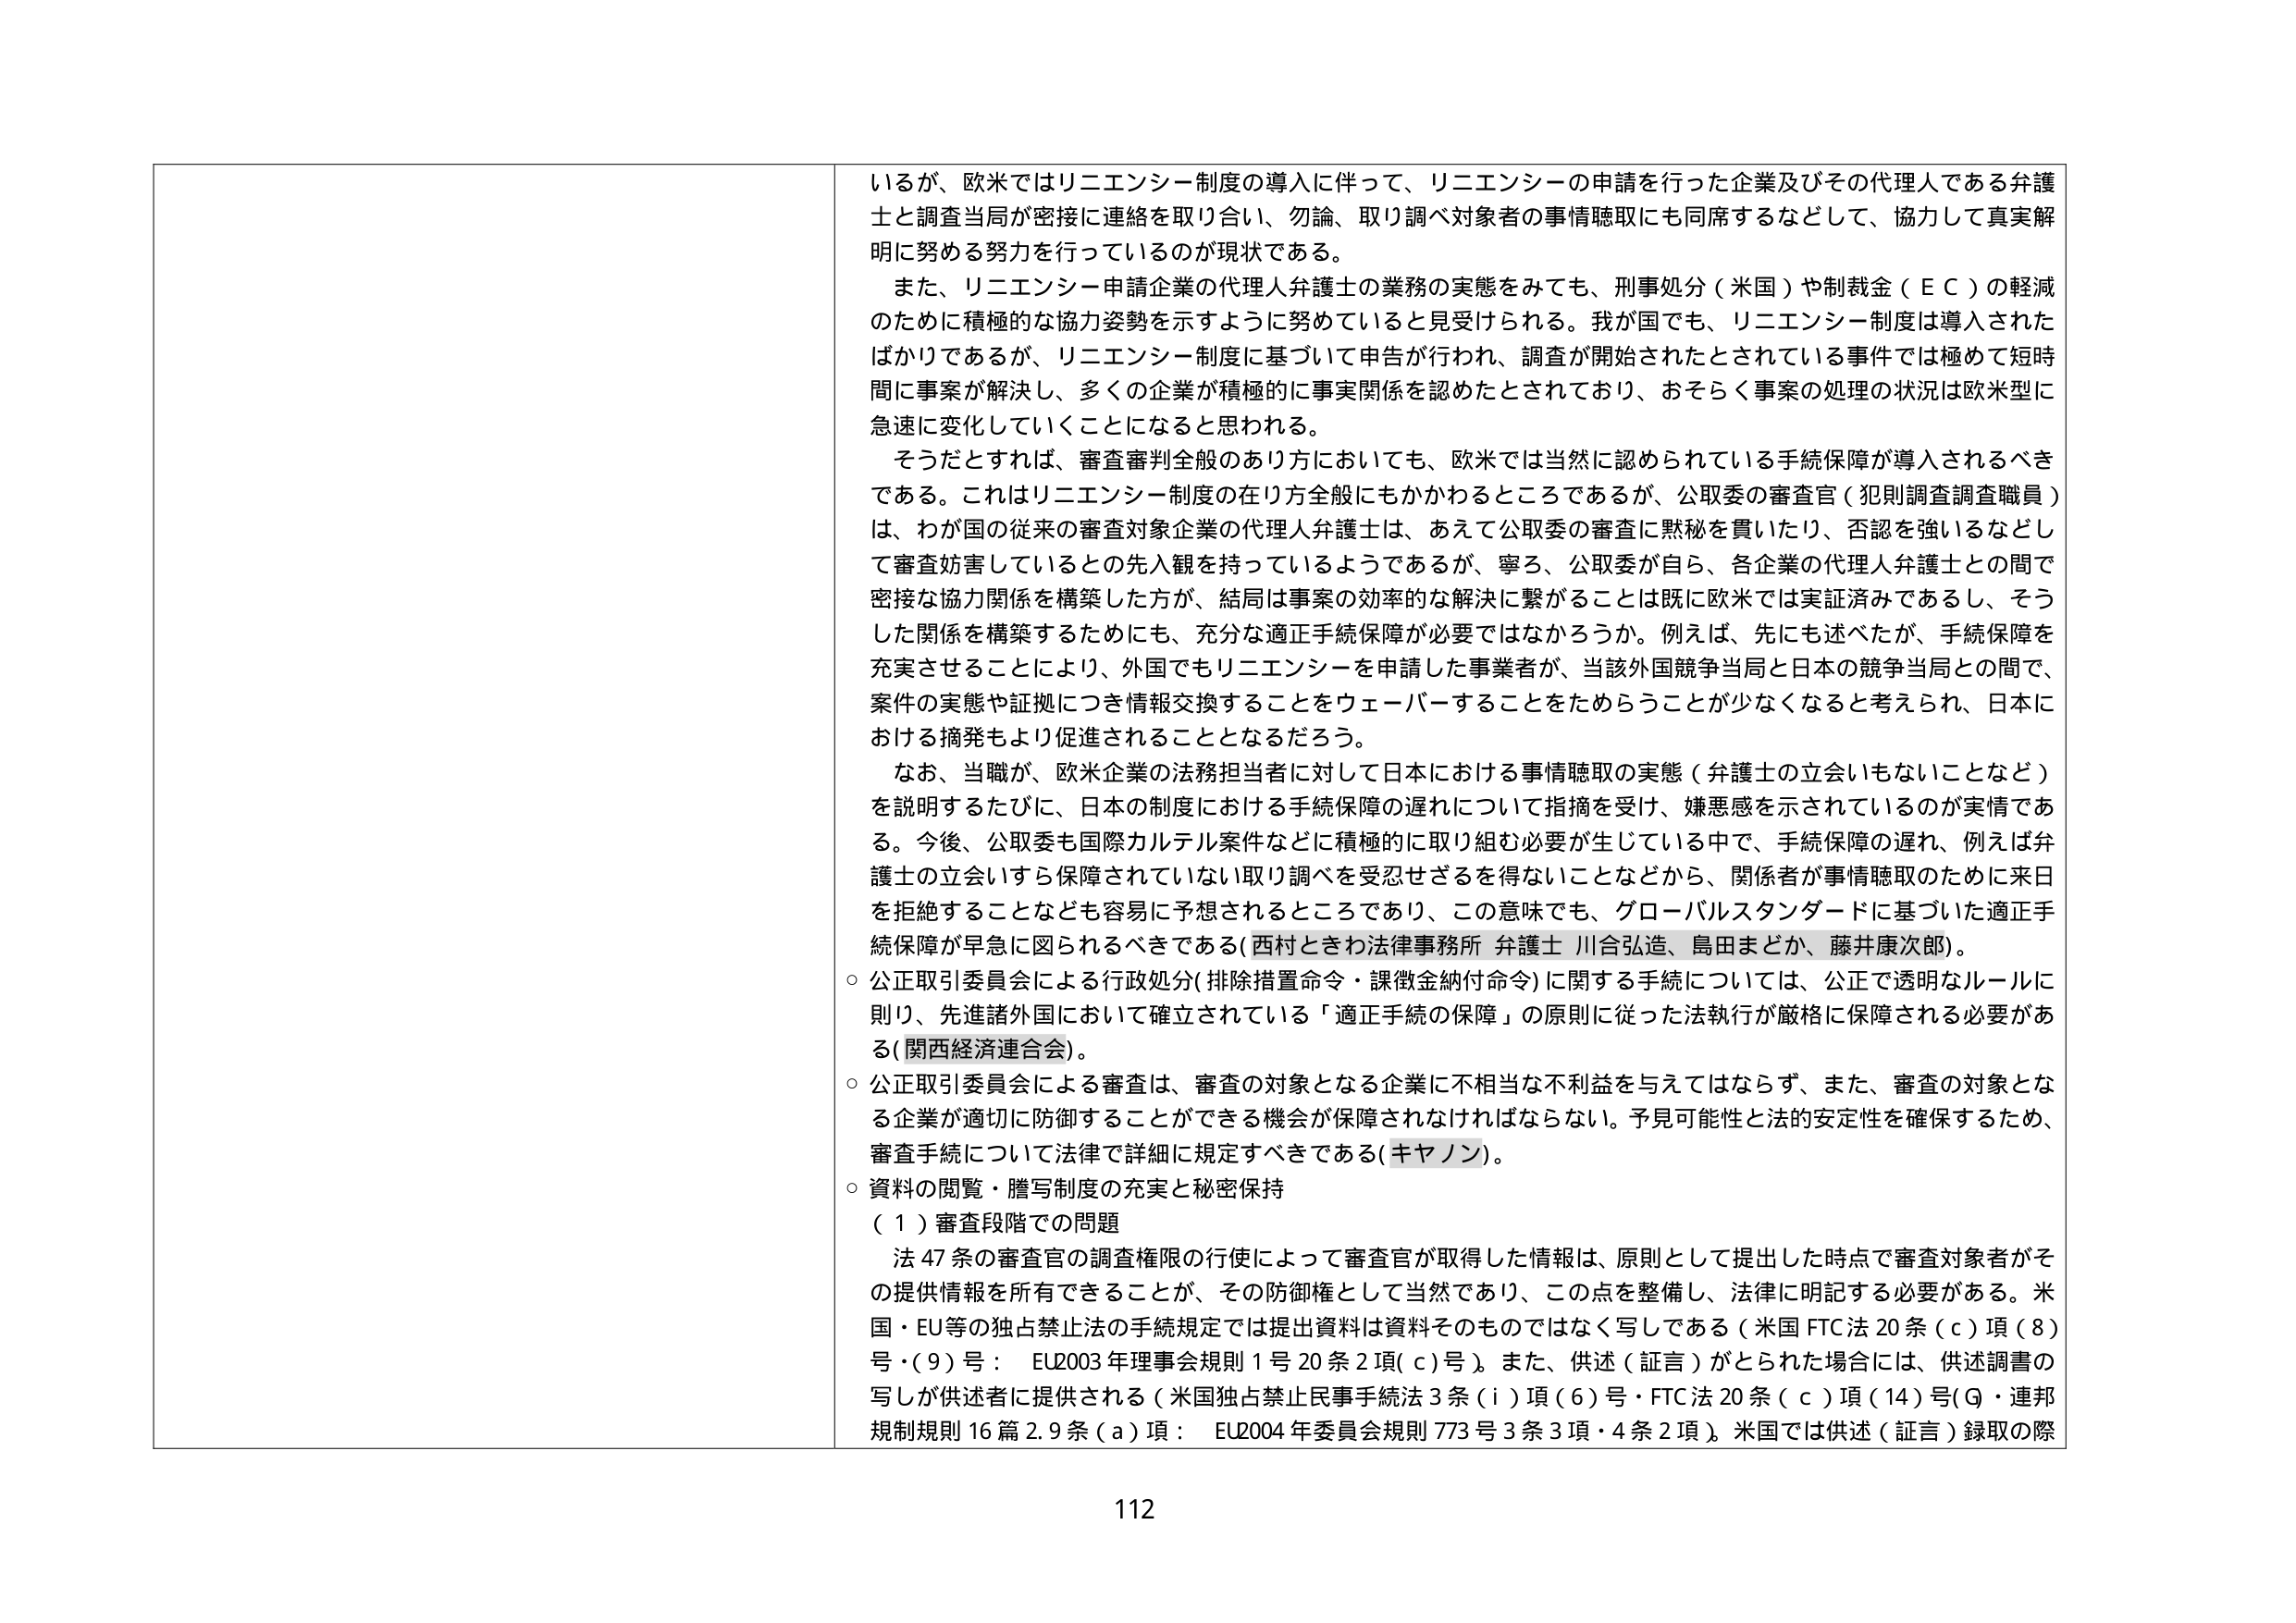
いるが、欧米ではリニエンシー制度の導入に伴って、リニエンシーの申請を行った企業及びその代理人である弁護士と調査当局が密接に連絡を取り合い、勿論、取り調べ対象者の事情聴取にも同席するなどして、協力して真実解明に努める努力を行っているのが現状である。

また、リニエンシー申請企業の代理人弁護士の業務の実態をみても、刑事処分（米国）や制裁金（ＥＣ）の軽減のために積極的な協力姿勢を示すように努めていると見受けられる。我が国でも、リニエンシー制度は導入されたばかりであるが、リニエンシー制度に基づいて申告が行われ、調査が開始されたとされている事件では極めて短時間に事案が解決し、多くの企業が積極的に事実関係を認めたとされており、おそらく事案の処理の状況は欧米型に急速に変化していくことになると思われる。

そうだとすれば、審査審判全般のあり方においても、欧米では当然に認められている手続保障が導入されるべきである。これはリニエンシー制度の在り方全般にもかかわるところであるが、公取委の審査官（犯則調査調査職員）は、わが国の従来の審査対象企業の代理人弁護士は、あえて公取委の審査に黙秘を貫いたり、否認を強いるなどして審査妨害しているとの先入観を持っているようであるが、寧ろ、公取委が自ら、各企業の代理人弁護士との間で密接な協力関係を構築した方が、結局は事案の効率的な解決に繋がることは既に欧米では実証済みであるし、そうした関係を構築するためにも、充分な適正手続保障が必要ではなかろうか。例えば、先にも述べたが、手続保障を充実させることにより、外国でもリニエンシーを申請した事業者が、当該外国競争当局と日本の競争当局との間で、案件の実態や証拠につき情報交換することをウェーバーすることをためらうことが少なくなると考えられ、日本における摘発もより促進されることとなるだろう。

なお、当職が、欧米企業の法務担当者に対して日本における事情聴取の実態（弁護士の立会いもないことなど）を説明するたびに、日本の制度における手続保障の遅れについて指摘を受け、嫌悪感を示されているのが実情である。今後、公取委も国際カルテル案件などに積極的に取り組む必要が生じている中で、手続保障の遅れ、例えば弁護士の立会いすら保障されていない取り調べを受忍せざるを得ないことなどから、関係者が事情聴取のために来日を拒絶することなども容易に予想されるところであり、この意味でも、グローバルスタンダードに基づいた適正手続保障が早急に図られるべきである（西村ときわ法律事務所 弁護士 川合弘造、島田まどか、藤井康次郎）。

○ 公正取引委員会による行政処分（排除措置命令・課徴金納付命令）に関する手続については、公正で透明なルールに則り、先進諸外国において確立されている「適正手続の保障」の原則に従った法執行が厳格に保障される必要がある（関西経済連合会）。

○ 公正取引委員会による審査は、審査の対象となる企業に不相当な不利益を与えてはならず、また、審査の対象となる企業が適切に防御することができる機会が保障されなければならない。予見可能性と法的安定性を確保するため、審査手続について法律で詳細に規定すべきである（キヤノン）。

○ 資料の閲覧・謄写制度の充実と秘密保持

（１）審査段階での問題

法47条の審査官の調査権限の行使によって審査官が取得した情報は、原則として提出した時点で審査対象者がその提供情報を所有できることが、その防御権として当然であり、この点を整備し、法律に明記する必要がある。米国・EU等の独占禁止法の手続規定では提出資料は資料そのものではなく写しである（米国 FTC法20条（ｃ）項（８）号・（９）号： EU2003年理事会規則1号20条2項（ｃ）号）。また、供述（証言）がとられた場合には、供述調書の写しが供述者に提供される（米国独占禁止民事手続法3条（ｉ）項（６）号・FTC法20条（ｃ）項（14）号（G・連邦規制規則16篇2.9条（ａ）項： EU2004年委員会規則773号3条3項・4条2項）。米国では供述（証言）録取の際

112